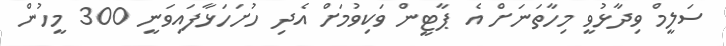
ސަލީމް ވިދާޅުވީ މިހާތަނަށް އެ ޕާޓީން ވަކިވުމަށް އެދި ހުށަހަޅާފައިވަނީ 300 މީހުން